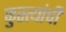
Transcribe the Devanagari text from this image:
कुस्त्यांची